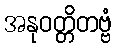
အနုဝတ္တိတဗ္ဗံ